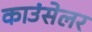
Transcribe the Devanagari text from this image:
काउंसेलर